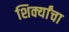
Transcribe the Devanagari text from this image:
शिर्क्यांचा